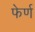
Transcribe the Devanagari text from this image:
फेर्ण